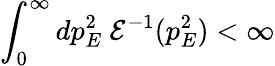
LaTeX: \int_{0}^{\infty}dp_{E}^{2}\ {\cal E}^{-1}(p_{E}^{2})<\infty